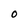
Character: O